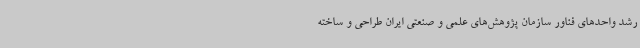
رشد واحدهای فناور سازمان پژوهش‌های علمی و صنعتی ایران طراحی و ساخته